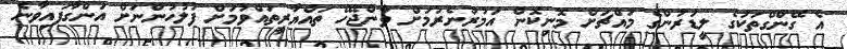
އެ ގޭންގްތަކުގެ ލީޑަރުންގެ މައްޗަށް މޮނިކޮން އަމުރުނެރުމަށް ވާންޖެހޭ ތައްޔާރީތައްވުމަށް ފުލުހުންނަށް އަންގާފައިވާނެ